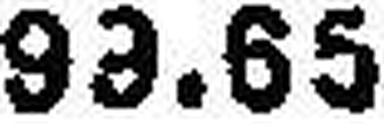
99.65